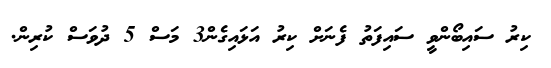
ކިރު ސައިބޯންވީ ސައިފަތު ފެނަށް ކިރު އަޅައިގެން3 މަސް 5 ދުވަސް ކުރިން.